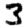
Digit: 3